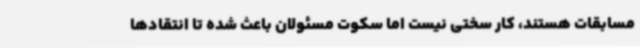
مسابقات هستند، کار سختی نیست اما سکوت مسئولان باعث شده تا انتقادها